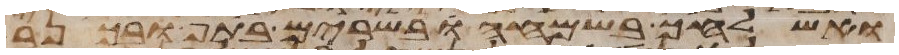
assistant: ואשלחך בשמחה בשרים בתף ובכנר